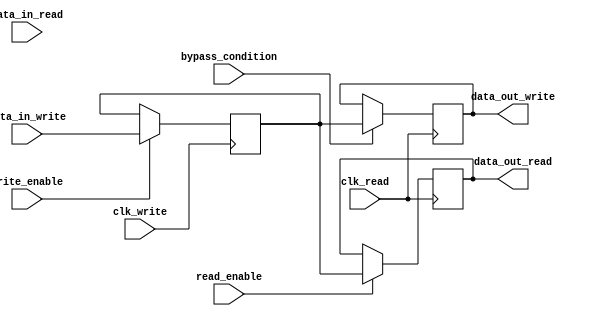
module dual_port_bypass_register (
    input clk_write,
    input clk_read,
    input [7:0] data_in_write,
    input [7:0] data_in_read,
    input write_enable,
    input read_enable,
    input bypass_condition,
    output reg [7:0] data_out_write,
    output reg [7:0] data_out_read
);

reg [7:0] bypass_reg;

always @(posedge clk_write) begin
    if (write_enable) begin
        bypass_reg <= data_in_write;
    end
end

always @(posedge clk_read) begin
    if (read_enable) begin
        data_out_read <= bypass_reg;
    end
end

always @(posedge clk_read) begin
    if (bypass_condition) begin
        data_out_write <= bypass_reg;
    end
end

endmodule